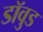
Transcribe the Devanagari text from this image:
डॉवुड